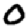
Digit: 0